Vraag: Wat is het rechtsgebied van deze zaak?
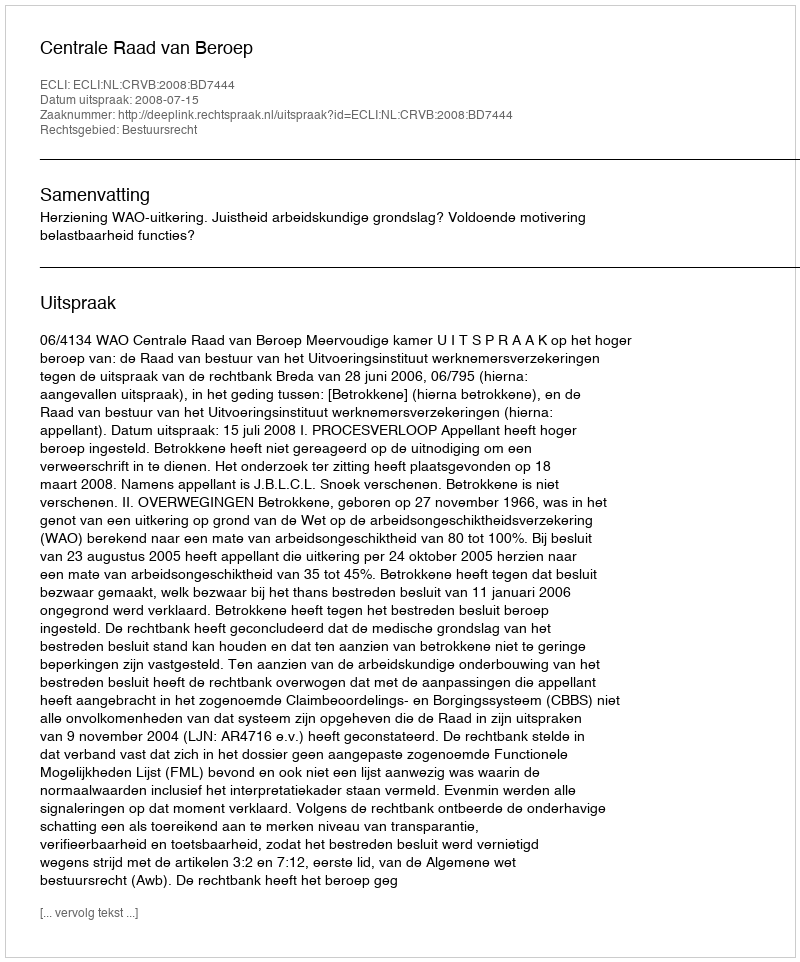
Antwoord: Bestuursrecht